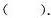
（）.